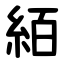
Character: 絔